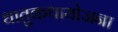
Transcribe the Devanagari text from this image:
धातुकथायोजना